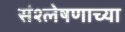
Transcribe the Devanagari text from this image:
संश्लेषणाच्या